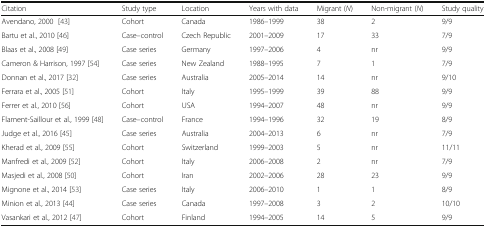
<table><thead><tr><td><b>Citation</b></td><td><b>Study type</b></td><td><b>Location</b></td><td><b>Years with data</b></td><td><b>Migrant (<i>N</i>)</b></td><td><b>Non-migrant (<i>N</i>)</b></td><td><b>Study quality</b></td></tr></thead><tbody><tr><td>Avendano, 2000[43]</td><td>Cohort</td><td>Canada</td><td>1986–1999</td><td>38</td><td>2</td><td>9/9</td></tr><tr><td>Bartu et al., 2010 [46]</td><td>Case–control</td><td>Czech Republic</td><td>2001–2009</td><td>17</td><td>33</td><td>7/9</td></tr><tr><td>Blaas et al., 2008 [49]</td><td>Case series</td><td>Germany</td><td>1997–2006</td><td>4</td><td>nr</td><td>9/9</td></tr><tr><td>Cameron &amp; Harrison, 1997 [54]</td><td>Case series</td><td>New Zealand</td><td>1988–1995</td><td>7</td><td>1</td><td>7/9</td></tr><tr><td>Donnan et al., 2017 [32]</td><td>Case series</td><td>Australia</td><td>2005–2014</td><td>14</td><td>nr</td><td>9/10</td></tr><tr><td>Ferrara et al., 2005 [51]</td><td>Cohort</td><td>Italy</td><td>1995–1999</td><td>39</td><td>88</td><td>9/9</td></tr><tr><td>Ferrer et al., 2010 [56]</td><td>Cohort</td><td>USA</td><td>1994–2007</td><td>48</td><td>nr</td><td>9/9</td></tr><tr><td>Flament-Saillour et al., 1999 [48]</td><td>Case–control</td><td>France</td><td>1994–1996</td><td>32</td><td>19</td><td>8/9</td></tr><tr><td>Judge et al., 2016 [45]</td><td>Case series</td><td>Australia</td><td>2004–2013</td><td>6</td><td>nr</td><td>7/9</td></tr><tr><td>Kherad et al., 2009 [55]</td><td>Cohort</td><td>Switzerland</td><td>1999–2003</td><td>5</td><td>nr</td><td>11/11</td></tr><tr><td>Manfredi et al., 2009 [52]</td><td>Cohort</td><td>Italy</td><td>2006–2008</td><td>2</td><td>nr</td><td>7/9</td></tr><tr><td>Masjedi et al., 2008 [50]</td><td>Cohort</td><td>Iran</td><td>2002–2006</td><td>28</td><td>23</td><td>9/9</td></tr><tr><td>Mignone et al., 2014 [53]</td><td>Case series</td><td>Italy</td><td>2006–2010</td><td>1</td><td>1</td><td>8/9</td></tr><tr><td>Minion et al., 2013 [44]</td><td>Case series</td><td>Canada</td><td>1997–2008</td><td>3</td><td>2</td><td>10/10</td></tr><tr><td>Vasankari et al., 2012 [47]</td><td>Cohort</td><td>Finland</td><td>1994–2005</td><td>14</td><td>5</td><td>9/9</td></tr></tbody></table>